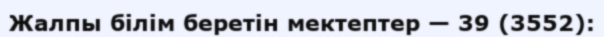
Жалпы білім беретін мектептер — 39 (3552):